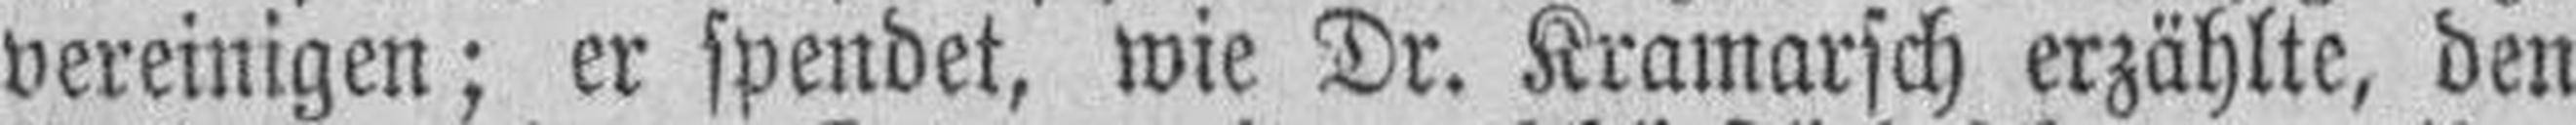
vereinigen; er spendet, wie Dr. Kramarsch erzählte, den